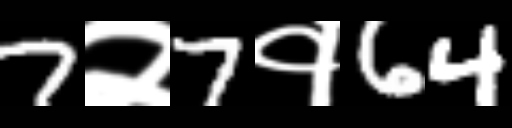
Text: 7२7१64